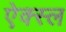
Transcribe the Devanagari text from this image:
ऐक्स्ल